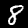
Digit: 8